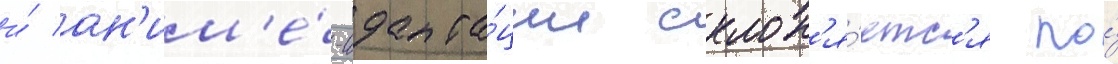
и́ ан'им'е́-адапта́ции склон'я́етс'я по́